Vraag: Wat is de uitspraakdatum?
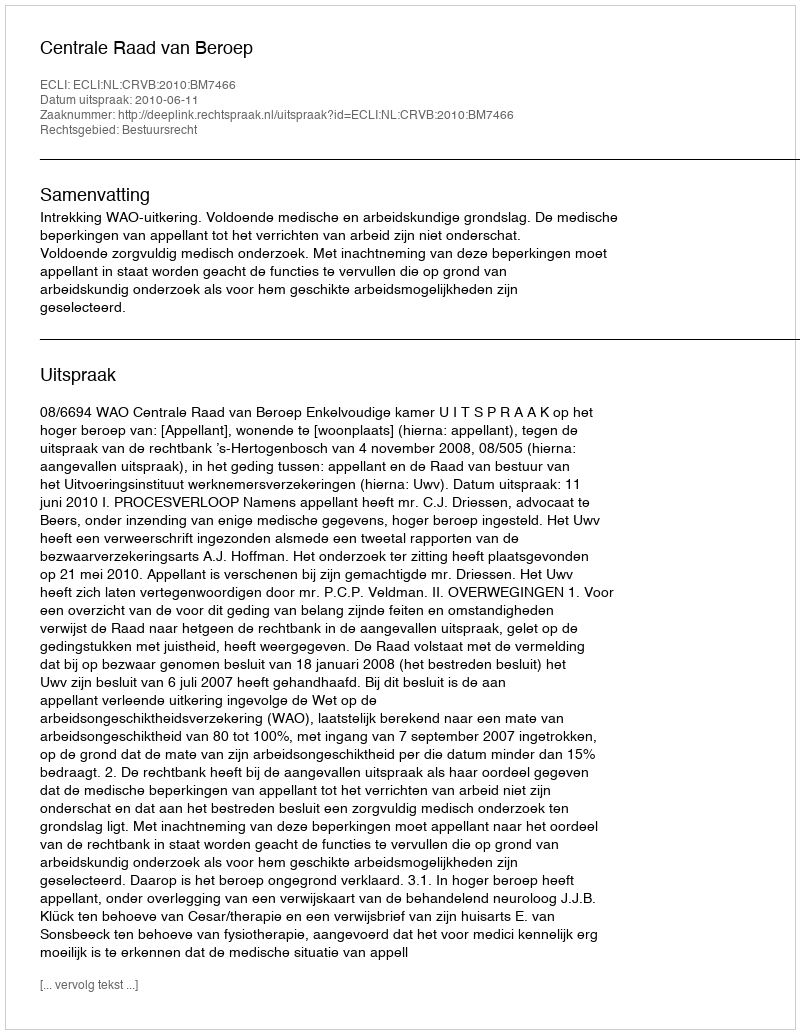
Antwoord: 2010-06-11